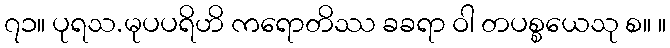
၇၁။ ပုရသ.မုပပရိဟိ ကရောတိဿ ခခရာ ဝါ တပစ္စယေသု စ။ ။